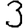
Digit: 3